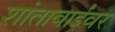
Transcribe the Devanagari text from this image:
शांताबाईंवर